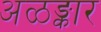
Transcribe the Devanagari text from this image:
अळङ्कार